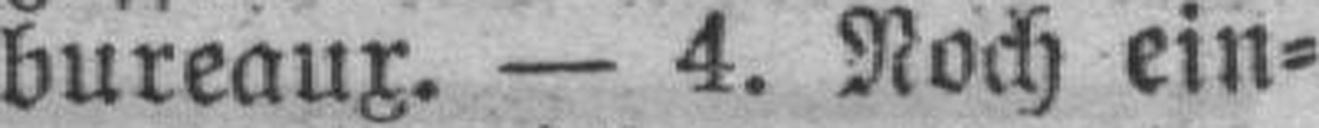
bureaux. — 4. Noch ein¬